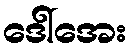
ဒေါ်အေး